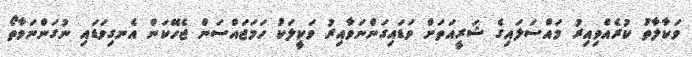
ވަކާލާތު ކުރެއްވިއިރު މައްސަލައިގެ ޝަރީއަތަށް ވަޑައިގަންނަވާއިރު ވަކީލަކު ހަމަޖައްސަން ޖެހޭކަން އެނގިވަޑައި ނުގަންނަވާތޯ